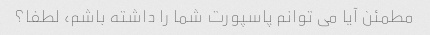
مطمئن آیا می توانم پاسپورت شما را داشته باشم، لطفا؟